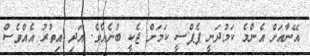
އޭނާއަށް އެންމެ ކަމުދަނީ ޕެޕްސީ ކަމަށް ޖެކީ ބުނެއެވެ. އަދި އިތުރު އެއްވެސް